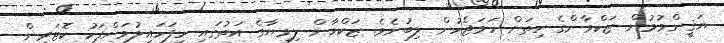
ޔަޤީންވުމުން ޒަކްވާންގެ ހިތަށް ހަމަޖެހުން ލިބުނެވެ. ޒަކްވާން ލިވިޔާގެ އަތުގައި ހިފަހައިލުމަށްފަހު ކޮޓަރިން